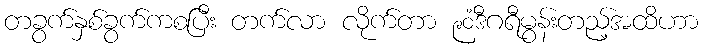
တခွက်နှစ်ခွက်ကစပြီး တက်လာ လိုက်တာ ၉၀ံဒီဂရီမွန်းတည့်အထိဟာ